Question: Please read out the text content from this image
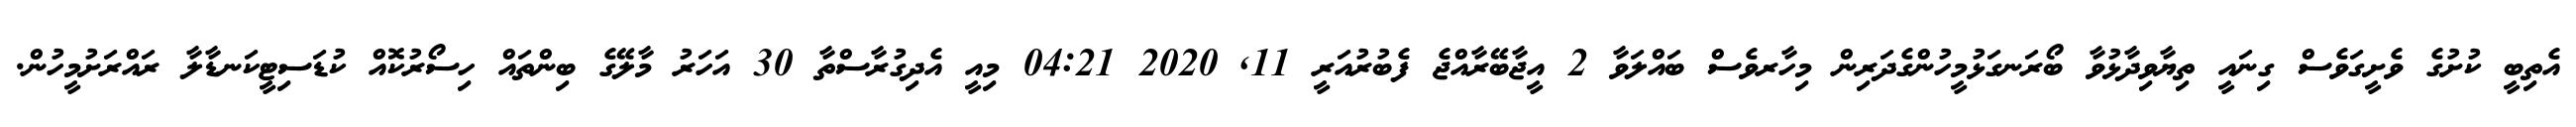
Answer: އެތިބީ ކުށުގެ ވެށީގަވެސް ގިނައީ ތިޔާވިދާޅުވާ ބޯރަނގަޅުމީހުންގެދަރިން މިހާރވެސް ބައްލަވާ 2 އީޖާބޭރާއްޖެ ފެބުރުއަރީ 11, 2020 04:21 މިއީ އެދިގުރާސްތާ 30 އަހަރު މާލޭގެ ބިންތައް ހިސޯރުކޮއް ކުޑަސިޓީކަނޑާލާ ރައްރަށުމީހުން.